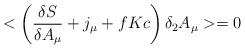
LaTeX: \begin{align*}< \left(\frac{ \delta S}{ \delta A_\mu} + j_\mu +fKc\right) \delta _2 A_\mu >=0\end{align*}